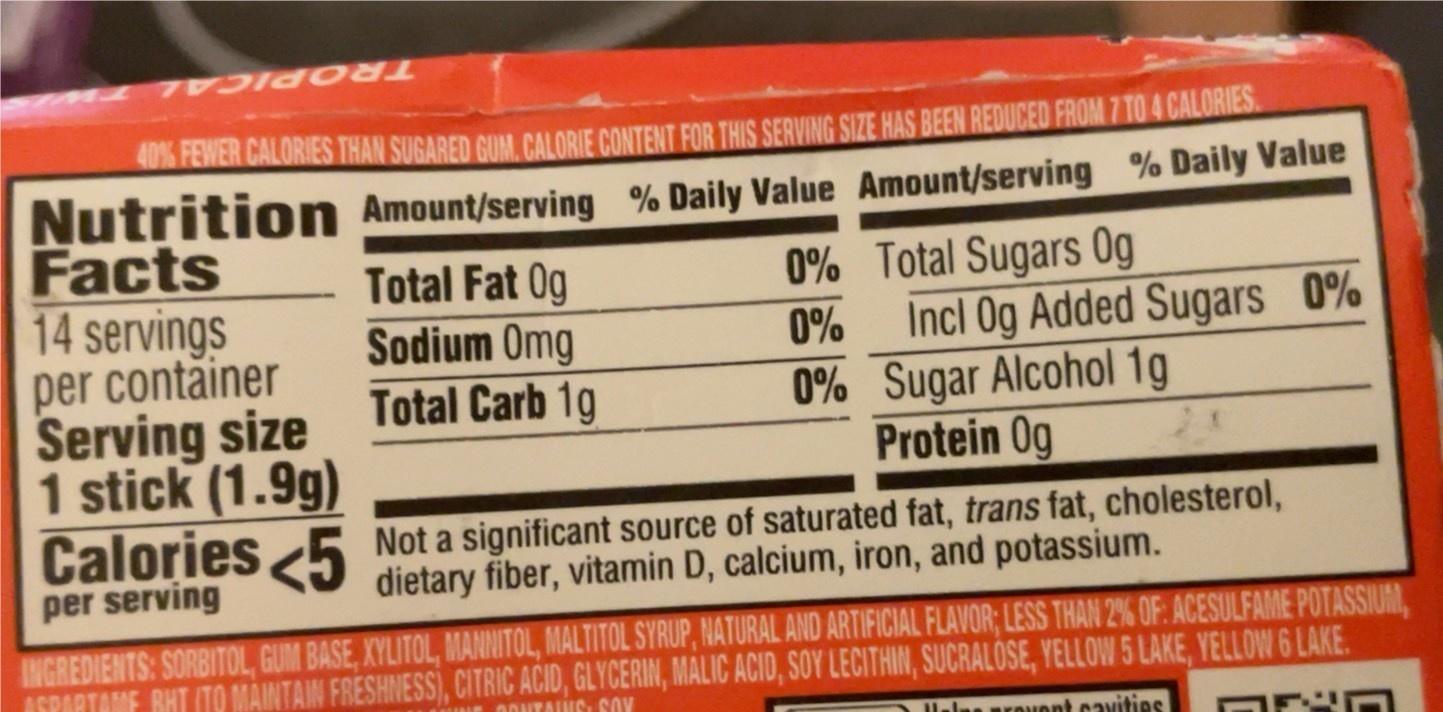
TROPICAL
40% FEWER CALORIES THAN SUGARED GUM. CALORIE CONTENT FOR THIS SERVING SIZE HAS BEEN REDUCED FROM 7 TO 4 CALORIES.
Nutrition Amount/serving % Daily Value Amount/serving % Daily Value Facts 14 servings per contăiner Serving size 1 stick (1.9g) Calories 5 Not a significant source of saturated fat, trans fat, cholesterol, per serving
0% Total Sugars O0g Incl Og Added Sugars 0% 0% Sugar Alcohol 1g Protein 0g
Total Fat Og Sodium Omg Total Carb 1g
0%
dietary fiber, vitamin D, calcium, iron, and potassium.
INGREDIENTS: SORBITOL, GUM BASE, XYLITOL, MANNITOL, MALTITOL SYRUP, NATURAL AND ARTIFICIAL FLAVOR; LESS THAN 2% OF: ACESULFAME POTASSIUM, ISPARTAME BHT (TO MÀNTAM FRESHNESS), CITRIC ACID, GLYCERIN, MALIC ACIO, SOY LECITHIN, SUCRALOSE, YELLOW 5 LAKE, YELLOW 6 LAKE. רזבע ו
I.laa prouont cavities